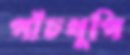
পাঁচথুপি